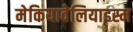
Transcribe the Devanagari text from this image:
मेकियावेलियाइस्म